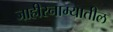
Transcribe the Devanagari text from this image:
जाहीरनाम्यातील